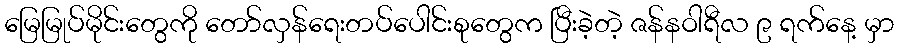
မြေမြုပ်မိုင်းတွေကို တော်လှန်ရေးတပ်ပေါင်းစုတွေက ပြီးခဲ့တဲ့ ဇန်နဝါရီလ ၉ ရက်နေ့ မှာ